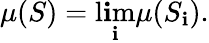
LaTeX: \mu(S)=\operatorname*{l\mathbf{i}m}_{\mathbf{i}}\mu(S_{\mathbf{i}}).